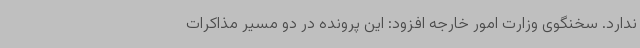
ندارد. سخنگوی وزارت امور خارجه افزود: این پرونده در دو مسیر مذاکرات